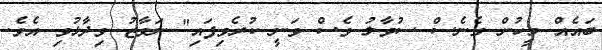
ބައެއް މީހުން ގެނެސް ސުވާލު ވެސް ވަނީ ކުރެވިފައި" ނަވާޒު ވިދާޅުވި އެވެ.